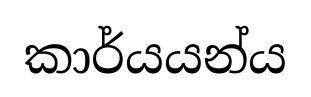
කාර්යයන්ය